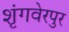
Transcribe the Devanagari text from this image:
शृंगवेरपुर